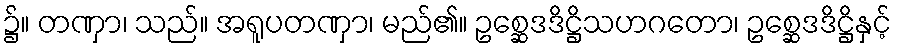
၌။ တဏှာ၊ သည်။ အရူပတဏှာ၊ မည်၏။ ဥစ္ဆေဒဒိဋ္ဌိသဟဂတော၊ ဥစ္ဆေဒဒိဋ္ဌိနှင့်